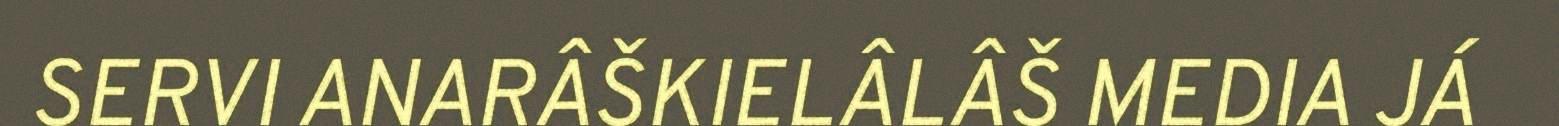
SERVI ANARÂŠKIELÂLÂŠ MEDIA JÁ